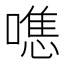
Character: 㗹